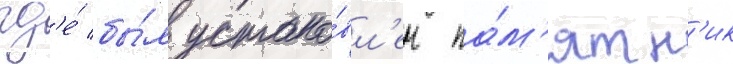
гд'е́ бы́л устано́вл'ен па́м'ятн'ик